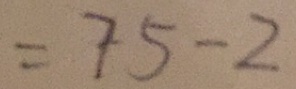
= 7 5 - 2